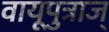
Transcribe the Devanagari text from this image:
वायूपुत्राज्